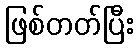
ဖြစ်တတ်ပြီး